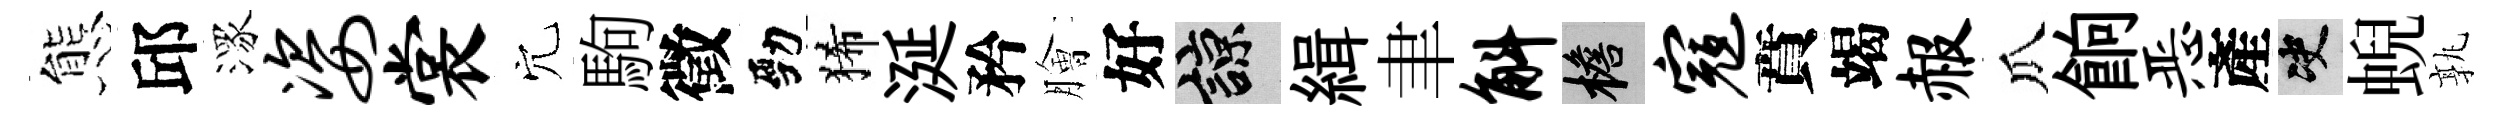
態邱潈姿裳穴駒徵勁狶涎矜膾好諒緝聿斛檐寇賁竭赧瓜餉恶產决蜺孰